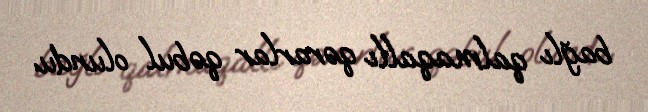
bağlı qalmaqallı qərarlar qəbul olundu.